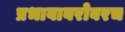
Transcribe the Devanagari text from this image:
प्रभावाबरोबरच